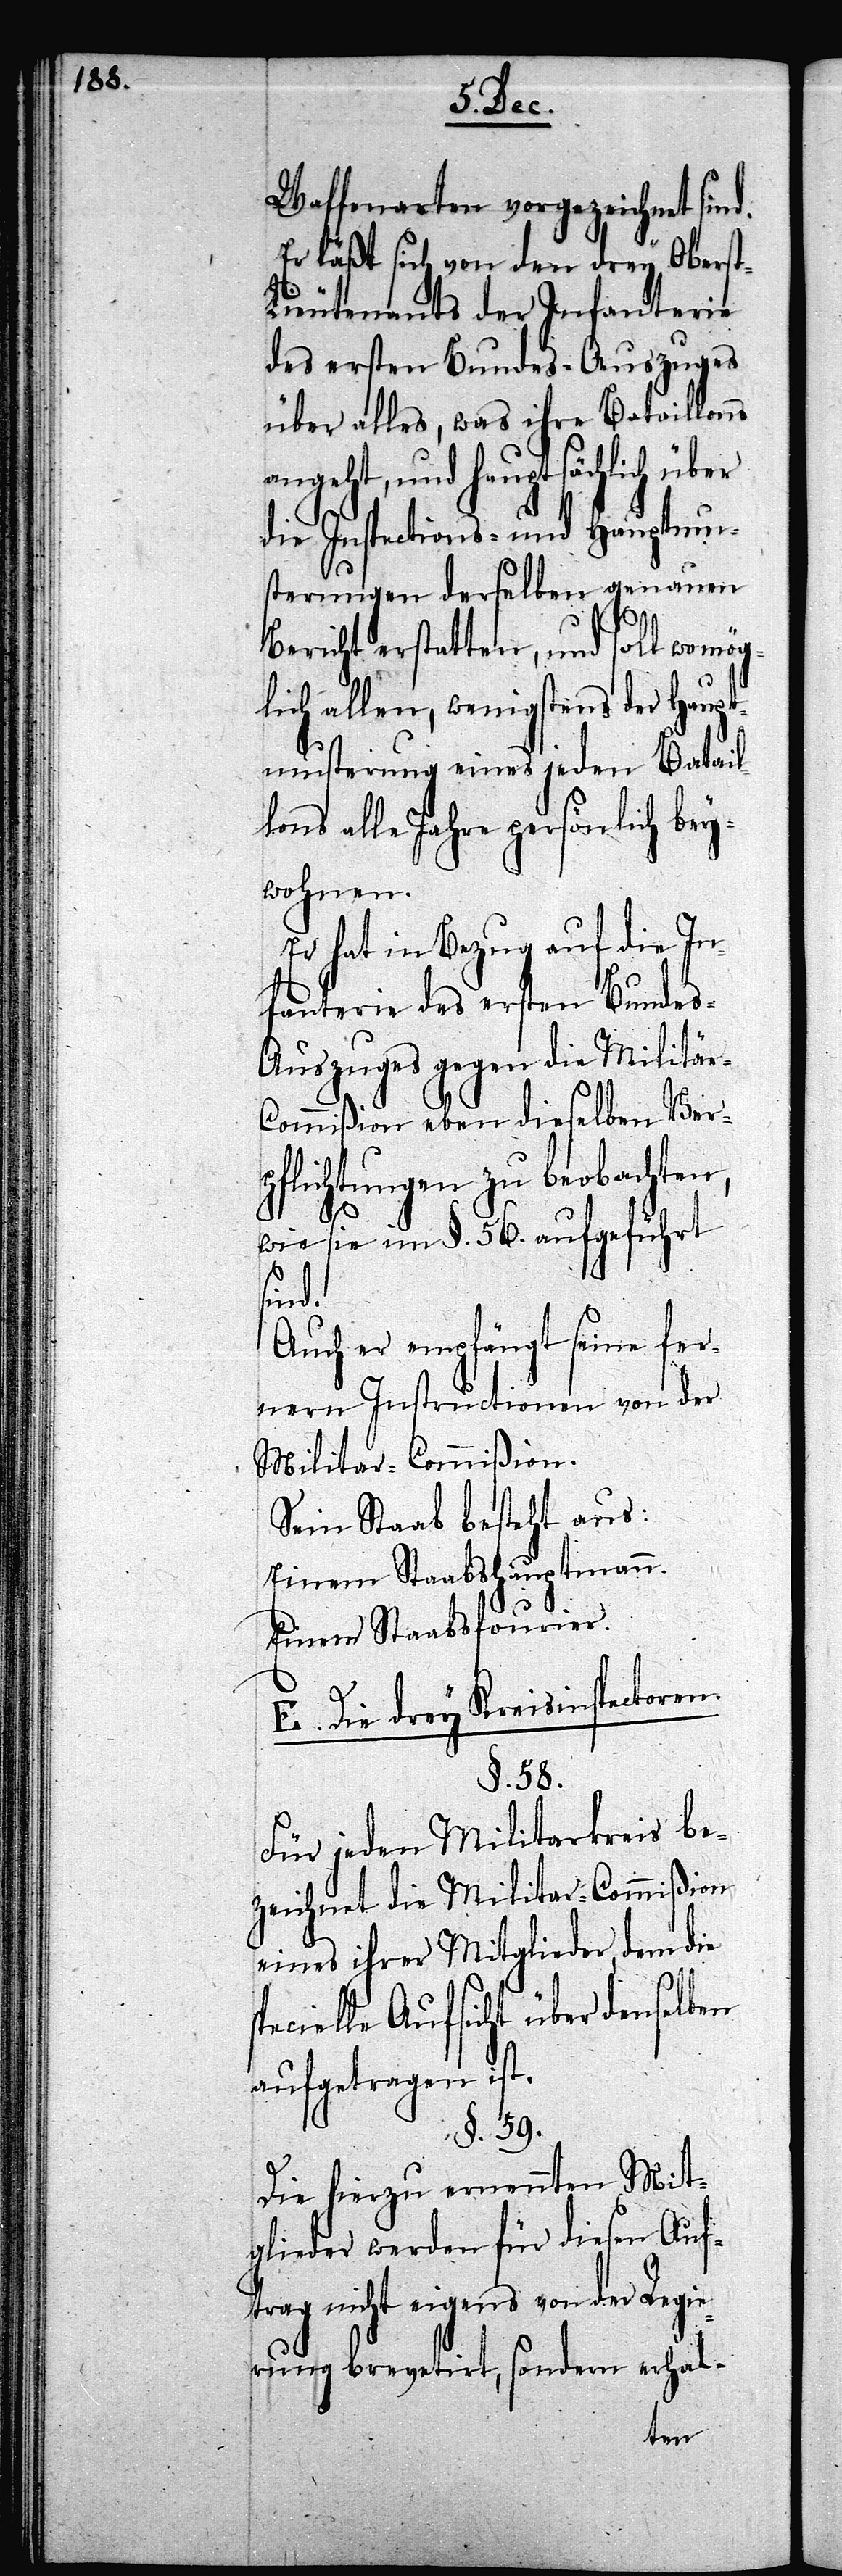
spe¬
Waffenarten vorgezeichnet sind.
Er läßt sich von den drey Obers¬
t-Lieutenants der Infanterie
des ersten Bundes-Auszuges
über alles, was ihre Bataillons
angeht, und hauptsächlich über
die Inspections- und Hauptmu¬
sterungen derselben genauen
Bericht erstatten, und soll womög¬
lich allen, wenigstens der Haupt¬
musterung eines jeden Batail¬
lons alle Jahre persönlich bey¬
wohnen.
Er hat in Bezug auf die In¬
fanterie des ersten Bundes-A¬
uszuges gegen die Militär-C¬
ommißion eben dieselben Ver¬
pflichtungen zu beobachten,
wie sie im §. 56. aufgeführt
sind.
Auch er empfängt seine fer¬
nern Instructionen von der
Militar-Commißion.
Sein Staab besteht aus:
Einem Staabshauptmann.
Einem Staabsfourier.
E. Die drey Kreisinspectoren.
§. 58.
Für jeden Militarkreis be¬
zeichnet die Militar-Commißion
eines ihrer Mitglieder, dem die
cielle Aufsicht über denselben
aufgetragen ist.
§. 59.
Die hierzu ernennten Mit¬
glieder werden für diesen Auf¬
trag nicht eigens von der Regie¬
rung brevetirt, sondern erhal-